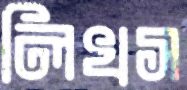
লিখস